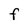
Character: F